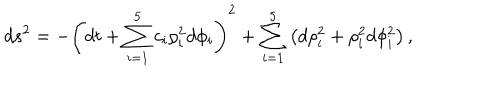
LaTeX: d s ^ { 2 } = - \left( d t + \sum _ { i = 1 } ^ { 5 } c _ { i } \rho _ { i } ^ { 2 } d \phi _ { i } \right) ^ { 2 } + \sum _ { i = 1 } ^ { 5 } \left( d \rho _ { i } ^ { 2 } + \rho _ { i } ^ { 2 } d \phi _ { i } ^ { 2 } \right) ,